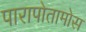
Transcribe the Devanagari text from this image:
पारापोतामोस